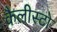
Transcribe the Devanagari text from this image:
कैलीस्टो